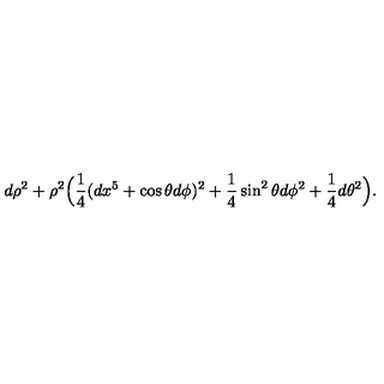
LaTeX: d \rho ^ { 2 } + \rho ^ { 2 } \Big ( { \frac { 1 } { 4 } } ( d x ^ { 5 } + \cos \theta d \phi ) ^ { 2 } + { \frac { 1 } { 4 } } \sin ^ { 2 } \theta d \phi ^ { 2 } + { \frac { 1 } { 4 } } d \theta ^ { 2 } \Big ) .